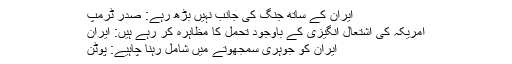
ایران کے ساتھ جنگ کی جانب نہیں بڑھ رہے: صدر ٹرمپ
امریکہ کی اشتعال انگیزی کے باوجود تحمل کا مظاہرہ کر رہے ہیں: ایران
ایران کو جوہری سمجھوتے میں شامل رہنا چاہیے: پوٹن